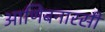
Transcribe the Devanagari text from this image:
आणिबनारसी